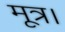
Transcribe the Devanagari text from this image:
मूत्र।